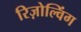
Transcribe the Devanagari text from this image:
रिज़ोल्विंग